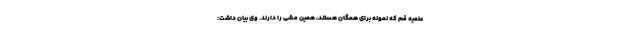
علمیه قم که نمونه برای همگان هستند، همین مشی را دارند. وی بیان داشت: